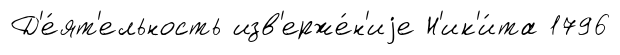
Д'е́ят'ельность изв'ерже́н'иjе Н'ик'и́та 1796